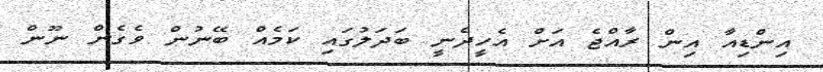
އިންޑިއާ އިން ރާއްޖެ އަށް އެހީދެނީ ބަދަލުގައި ކަމެއް ބޭނުން ވެގެން ނޫން